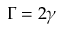
\Gamma = 2 \gamma